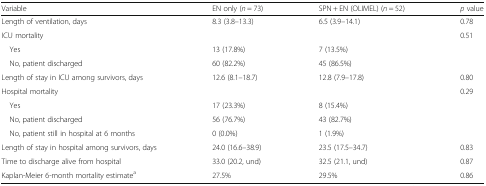
| Variable | EN only (n = 73) | SPN + EN (OLIMEL) (n = 52) | p value |
 | --- | --- | --- | --- |
 | Length of ventilation, days | 8.3 (3.8–13.3) | 6.5 (3.9–14.1) | 0.78 |
 | ICU mortality |  |  | 0.51 |
 | Yes | 13 (17.8%) | 7 (13.5%) | <ROWSPAN=2>  |
 | No, patient discharged | 60 (82.2%) | 45 (86.5%) |
 | Length of stay in ICU among survivors, days | 12.6 (8.1–18.7) | 12.8 (7.9–17.8) | 0.80 |
 | Hospital mortality |  |  | 0.29 |
 | Yes | 17 (23.3%) | 8 (15.4%) | <ROWSPAN=3>  |
 | No, patient discharged | 56 (76.7%) | 43 (82.7%) |
 | No, patient still in hospital at 6 months | 0 (0.0%) | 1 (1.9%) |
 | Length of stay in hospital among survivors, days | 24.0 (16.6–38.9) | 23.5 (17.5–34.7) | 0.83 |
 | Time to discharge alive from hospital | 33.0 (20.2, und) | 32.5 (21.1, und) | 0.87 |
 | Kaplan-Meier 6-month mortality estimatea | 27.5% | 29.5% | 0.86 |